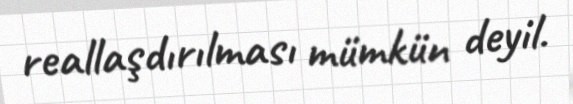
reallaşdırılması mümkün deyil.